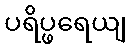
ပရိပ္ဖရေယျ